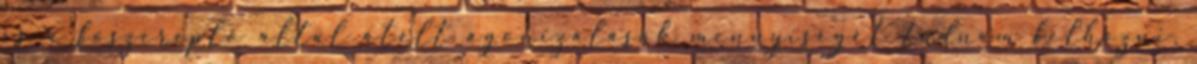
és a főszereplő által átélt agonizálások mennyiségét tudnám felhozni,